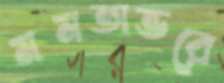
মমতাভরে